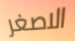
الاصغر